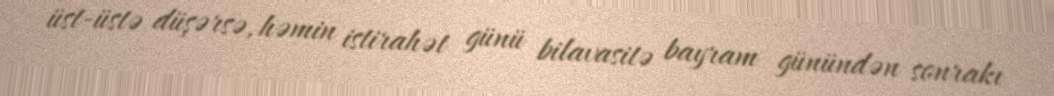
üst-üstə düşərsə, həmin istirahət günü bilavasitə bayram günündən sonrakı